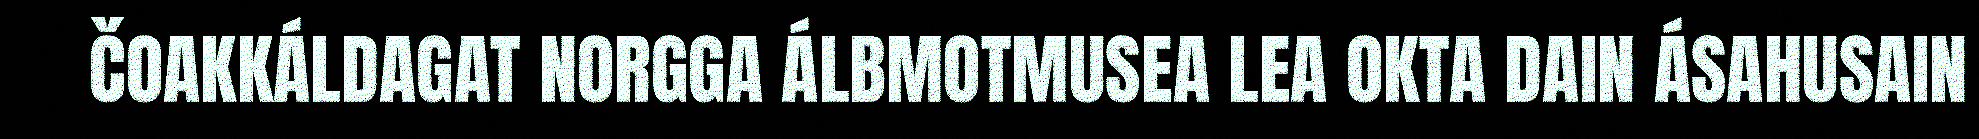
ČOAKKÁLDAGAT NORGGA ÁLBMOTMUSEA LEA OKTA DAIN ÁSAHUSAIN